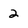
Character: 2